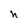
Character: h